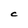
Character: C